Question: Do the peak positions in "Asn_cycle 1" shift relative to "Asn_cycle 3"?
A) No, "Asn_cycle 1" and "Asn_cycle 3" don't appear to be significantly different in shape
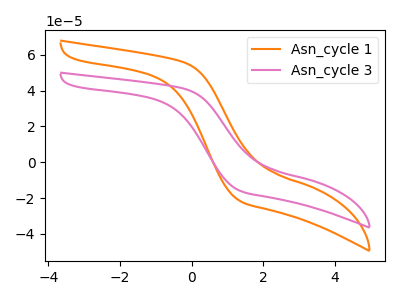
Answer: <think>The orange curve "Asn_cycle 1" has no peaks. The pink curve "Asn_cycle 3" has no peaks.
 Neither "Asn_cycle 1" or "Asn_cycle 3" have any peaks.</think>
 <answer>A) No, "Asn_cycle 1" and "Asn_cycle 3" don't appear to be significantly different in shape</answer>
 <eval>A</eval>